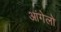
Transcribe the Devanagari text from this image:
आंगेलो